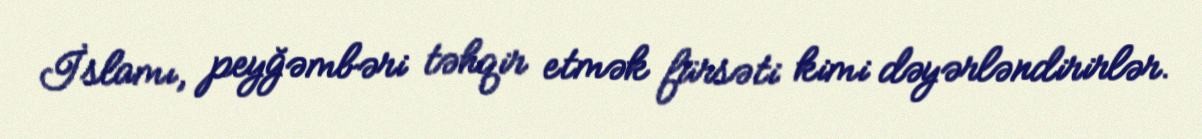
İslamı, peyğəmbəri təhqir etmək fürsəti kimi dəyərləndirirlər.